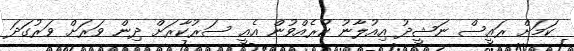
ކަމަށް ރައީސް ނަޝީދު އިއުލާނު ކުރެއްވުން އެއީ ސަރުކާރަށް ދިން ވަރަށް ވަރުގަދަ